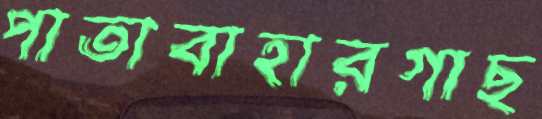
পাতাবাহারগাছ